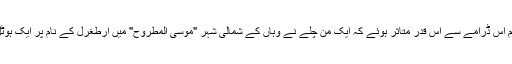
مصر میں عوام اس ڈرامے سے اس قدر متاثر ہوئے کہ ایک من چلے نے وہاں کے شمالی شہر ''موسی المطروح'' میں ارطغرل کے نام پر ایک ہوٹل کھڑا کر دیا۔